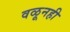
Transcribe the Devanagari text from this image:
वळूनही